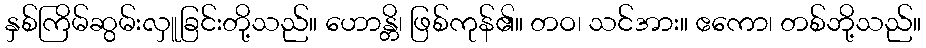
နှစ်ကြိမ်ဆွမ်းလှူခြင်းတို့သည်။ ဟောန္တိ၊ ဖြစ်ကုန်၏။ တဝ၊ သင်အား။ ဧကော၊ တစ်ဘို့သည်။